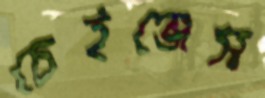
চেইঞ্জেস